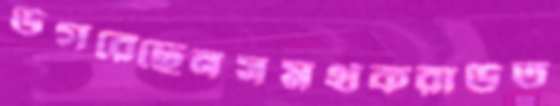
উগরেছেনসমর্থকরাউত